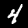
Label: 4